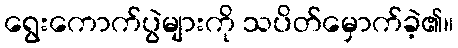
ရွေးကောက်ပွဲများကို သပိတ်မှောက်ခဲ့၏။